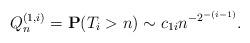
LaTeX: \begin{align*}Q_{n}^{(1,i)}=\mathbf{P}( T_{i}>n) \sim c_{1i}n^{-2^{-(i-1)}}. \end{align*}